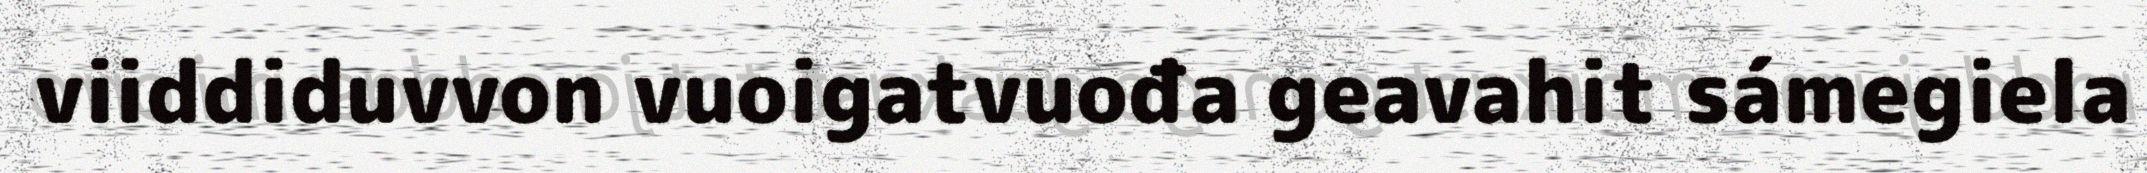
viiddiduvvon vuoigatvuođa geavahit sámegiela